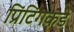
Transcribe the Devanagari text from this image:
प्रिंटिंगकडे